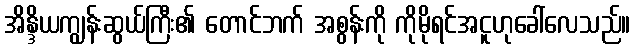
အိန္ဒိယကျွန်းဆွယ်ကြီး၏ တောင်ဘက် အစွန်းကို ကိုမိုရင်အငူဟုခေါ်လေသည်။